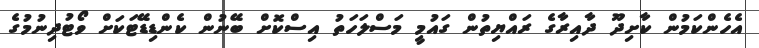
އެހެންކަމުން ކާށިދޫ ދާއިރާގެ ރައްޔިތުން ގައުމީ މަސްލަހަތު އިސްކޮށް ބޭނުން ކެންޑިޑޭޓަކަށް ވޯޓުދިނުމުގެ